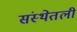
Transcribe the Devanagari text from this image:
संस्थेतली